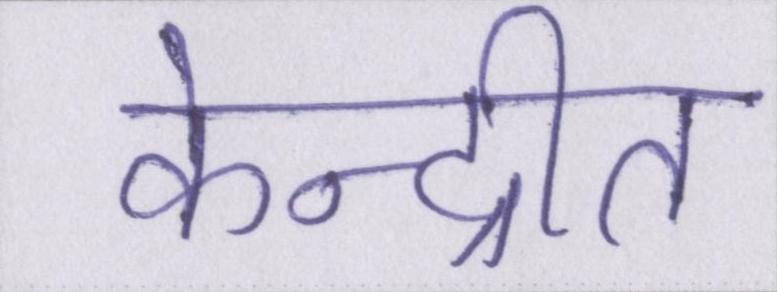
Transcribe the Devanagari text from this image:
केन्द्रीत